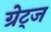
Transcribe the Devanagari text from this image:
ग्रेट्ज